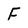
Character: F